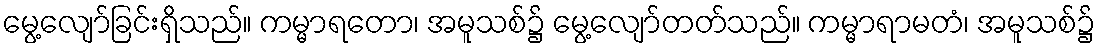
မွေ့လျော်ခြင်းရှိသည်။ ကမ္မာရတော၊ အမူသစ်၌ မွေ့လျော်တတ်သည်။ ကမ္မာရာမတံ၊ အမူသစ်၌